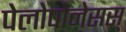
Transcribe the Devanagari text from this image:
पेलोपोनेसस्‌